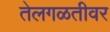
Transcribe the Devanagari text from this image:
तेलगळतीवर